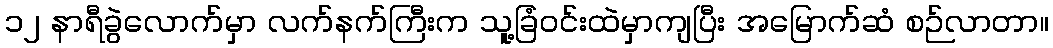
၁၂ နာရီခွဲလောက်မှာ လက်နက်ကြီးက သူ့ခြံဝင်းထဲမှာကျပြီး အမြောက်ဆံ စဉ်လာတာ။